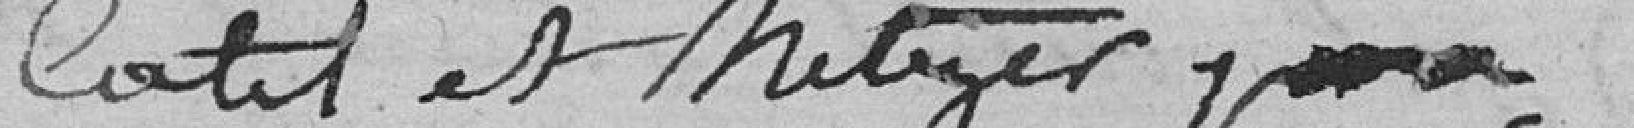
Catel et Metzer